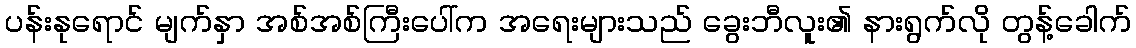
ပန်းနုရောင် မျက်နှာ အစ်အစ်ကြီးပေါ်က အရေးများသည် ခွေးဘီလူး၏ နားရွက်လို တွန့်ခေါက်